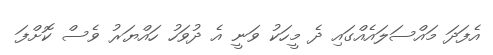
އެފަދަ މައްސަލައެއްގައި ދެ މީހަކު ވަނީ އެ ދުވަހު ހައްޔަރު ވެސް ކޮށްފަ